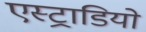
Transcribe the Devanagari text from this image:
एस्ट्राडियो